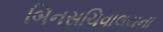
બિનસચિવાલયના